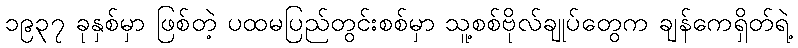
၁၉၃၇ ခုနှစ်မှာ ဖြစ်တဲ့ ပထမပြည်တွင်းစစ်မှာ သူ့စစ်ဗိုလ်ချုပ်တွေက ချန်ကေရှိတ်ရဲ့